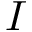
I